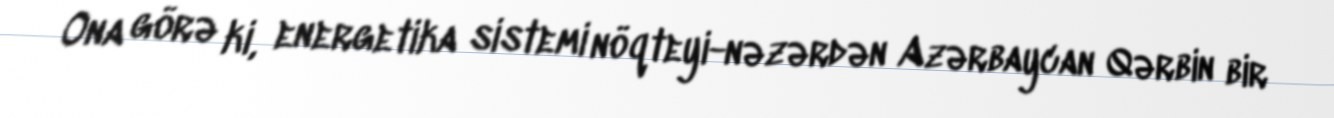
Ona görə ki, energetika sistemi nöqteyi-nəzərdən Azərbaycan Qərbin bir